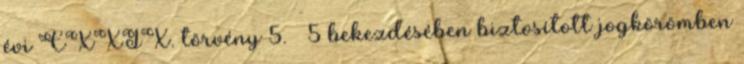
évi CXXIX. törvény 5. § 5 bekezdésében biztosított jogkörömben